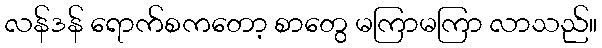
လန်ဒန် ရောက်စကတော့ စာတွေ မကြာမကြာ လာသည်။